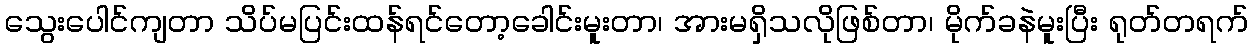
သွေးပေါင်ကျတာ သိပ်မပြင်းထန်ရင်တော့ခေါင်းမူးတာ၊ အားမရှိသလိုဖြစ်တာ၊ မိုက်ခနဲမူးပြီး ရုတ်တရက်